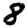
Digit: 8